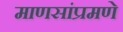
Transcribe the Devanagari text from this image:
माणसांप्रमणे